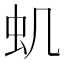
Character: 虮